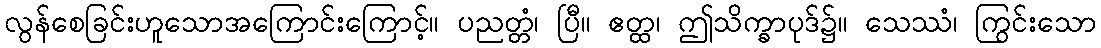
လွန်စေခြင်းဟူသောအကြောင်းကြောင့်။ ပညတ္တံ၊ ပြီ။ ဧတ္ထ၊ ဤသိက္ခာပုဒ်၌။ သေဿံ၊ ကြွင်းသော